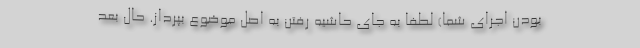
بودن اجرای شما) لطفا به جای حاشیه رفتن به اصل موضوع بپرداز. حال بعد